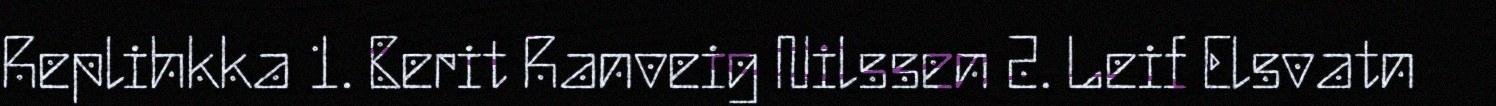
Replihkka 1. Berit Ranveig Nilssen 2. Leif Elsvatn